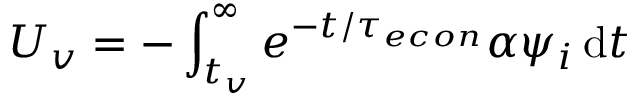
U _ { v } = - \int _ { t _ { v } } ^ { \infty } e ^ { - t / { \tau _ { e c o n } } } \alpha \psi _ { i } \, \mathrm { d } t